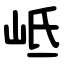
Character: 岻